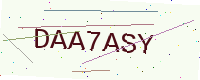
Text: DAA7ASY